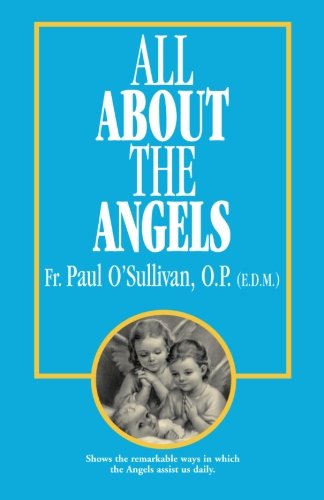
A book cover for All About the Angels; Paul O'Sullivan O.P.; Christian Books & Bibles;